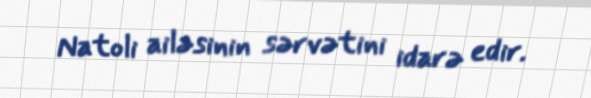
Natoli ailəsinin sərvətini idarə edir.